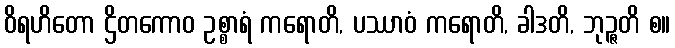
ဝိရဟိတော ဌိတကောဝ ဥစ္စာရံ ကရောတိ, ပဿာဝံ ကရောတိ, ခါဒတိ, ဘုဉ္ဇတိ စ။